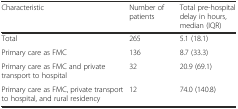
<table><thead><tr><td><b>Characteristic</b></td><td><b>Number of patients</b></td><td><b>Total pre-hospital delay in hours, median (IQR)</b></td></tr></thead><tbody><tr><td>Total</td><td>265</td><td>5.1 (18.1)</td></tr><tr><td>Primary care as FMC</td><td>136</td><td>8.7 (33.3)</td></tr><tr><td>Primary care as FMC and private transport to hospital</td><td>32</td><td>20.9 (69.1)</td></tr><tr><td>Primary care as FMC, private transport to hospital, and rural residency</td><td>12</td><td>74.0 (140.8)</td></tr></tbody></table>